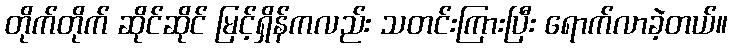
တိုက်တိုက် ဆိုင်ဆိုင် မြင့်ရှိန်ကလည်း သတင်းကြားပြီး ရောက်လာခဲ့တယ်။